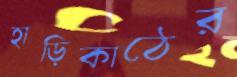
হাড়িকাঠের